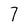
Character: 7